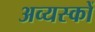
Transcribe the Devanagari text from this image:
अव्यस्कों